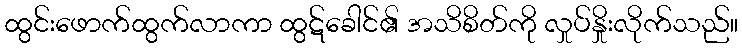
ထွင်းဖောက်ထွက်လာကာ ထွဋ်ခေါင်၏ အသိစိတ်ကို လှုပ်နှိုးလိုက်သည်။